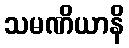
သမဏိယာနိ